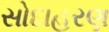
સોદાહરણ